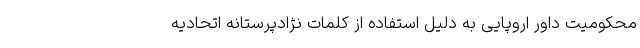
محکومیت داور اروپایی به دلیل استفاده از کلمات نژادپرستانه اتحادیه